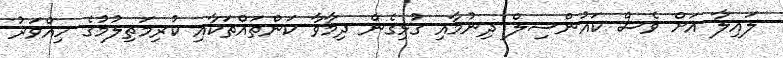
ލައިލާ އަށް ވެސް ކައުންސިލް ދިނުމާއި ގުޅިގެން ދިމާވާ ކަންތައްތަކާއި ކުރިމަތިލުމުގެ ހިއްވަރު